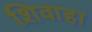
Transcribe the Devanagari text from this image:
शिवाहा